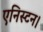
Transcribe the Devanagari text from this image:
एनिस्टन।